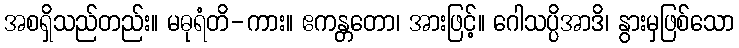
အစရှိသည်တည်း။ မဓုရံတိ-ကား။ ဧကန္တတော၊ အားဖြင့်။ ဂေါသပ္ပိအာဒိ၊ နွားမှဖြစ်သော